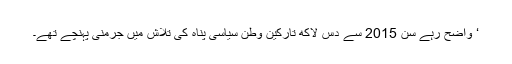
‘ واضح رہے سن 2015 سے دس لاکھ تارکین وطن سیاسی پناہ کی تلاش میں جرمنی پہنچے تھے۔